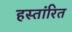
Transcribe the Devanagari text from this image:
हस्तांरित